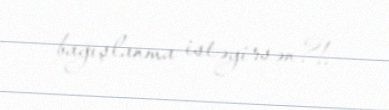
bağışlanma istəyirsən?!.